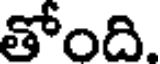
తోంది.